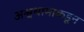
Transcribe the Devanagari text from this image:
अश्वथामाकडून